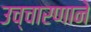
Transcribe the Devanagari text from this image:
उच्चारणाने